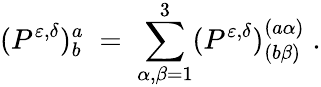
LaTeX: (P^{\varepsilon,\delta})_{b}^{a}\; =\; \sum_{\alpha,\beta=1}^{3}(P^{\varepsilon,\delta})_{(b\beta)}^{(a\alpha)}\; .